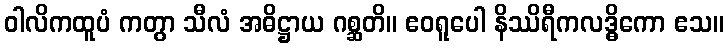
ဝါလိကထူပံ ကတွာ သီလံ အဓိဋ္ဌာယ ဂစ္ဆတိ။ ဧဝရူပေါ နိဿိရီကလဒ္ဓိကော ဧသ။